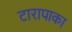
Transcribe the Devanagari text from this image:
टारापाका